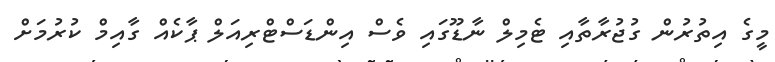
މީގެ އިތުރުން ގުޖުރާތާއި ޓެމިލް ނާޑޫގައި ވެސް އިންޑަސްޓްރިއަލް ޕާކެއް ގާއިމް ކުރުމަށް